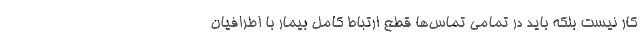
کار نیست بلکه باید در تمامی تماس‌ها قطع ارتباط کامل بیمار با اطرافیان